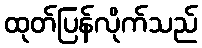
ထုတ်ပြန်လိုက်သည်